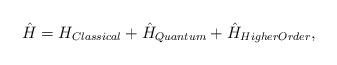
LaTeX: \begin{align*}\hat{H}= H_{Classical}+\hat{H}_{Quantum}+\hat{H}_{HigherOrder},\end{align*}